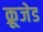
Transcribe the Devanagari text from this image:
क्रूजेड